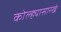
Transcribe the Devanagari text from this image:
कोल्ह्यासारखे